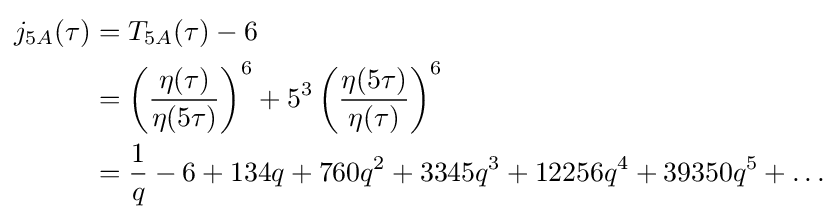
{\begin{aligned}j_{5A}(\tau )&=T_{5A}(\tau )-6\\&=\left({\frac {\eta (\tau )}{\eta (5\tau )}}\right)^{6}+5^{3}\left({\frac {\eta (5\tau )}{\eta (\tau )}}\right)^{6}\\&={\frac {1}{q}}-6+134q+760q^{2}+3345q^{3}+12256q^{4}+39350q^{5}+\dots \end{aligned}}